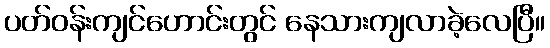
ပတ်ဝန်းကျင်ဟောင်းတွင် နေသားကျလာခဲ့လေပြီ။